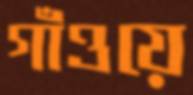
গাঁওয়ে